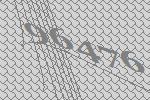
96476